Annual administration and progress report of the Indian Medical Department, Bombay
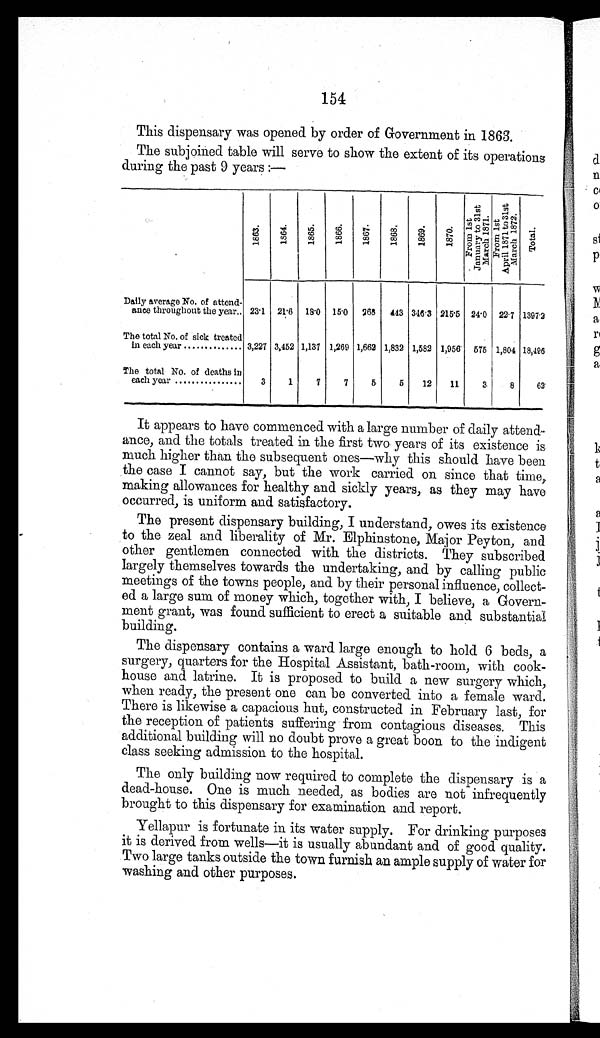
154
This dispensary was opened by order of Government in 1863.
The subjoined table will serve to show the extent of its operations
during the past 9 years :—
1863
1864
186518661867186818691870 F r o m 1 s t J a n u a r y t o 3 1 s t M a r t c h 1 8 7 1
F r o m 1 s t A p r i l 1 8 7 1 t o 3 1 s t M a r c h 1 8 7 2
T o t a l
Daily average No. of attend-
ance throughout the year . . 23.1 21.6 18.0 15.0 268 443 346.3 215.5
2 4 . 0
2 2 . 7
1 3 9 7 . 2
The total No. of sick treated
in each year .................
3,227 3,452 1,137 1,269 1,662 1,832 1,582 1,956 575 1,804 18,496
The total No. of deaths in
each year .................
3
1
7
7
5
5
12
11
3
8
6 2
It appears to have commenced with a large number of daily attend-
ance, and the totals treated in the first two years of its existence is
much higher than the subsequent ones—why this should have been
the case I cannot say, but the work carried on since that time,
making allowances for healthy and sickly years, as they may have
occurred, is uniform and satisfactory.
The present dispensary building, I understand, owes its existence
to the zeal and liberality of Mr. Elphinstono, Major Peyton, and
other gentlemen connected with the districts. They subscribed
largely themselves towards the undertaking, and by calling public
meetings of the towns people, and by their personal influence, collect-
ed a large sum of money which, together with, I believe, a Govern-
ment grant, was found sufficient to erect a suitable and substantial
building.
The dispensary contains a ward large enough to hold 6 beds, a
surgery, quarters for the Hospital Assistant, bath-room, with cook-
house and latrine. It is proposed to build a new surgery which,
when ready, the present one can be converted into a female ward.
There is likewise a capacious hut, constructed in February last, for
the reception of patients suffering from contagious diseases. This
additional building will no doubt prove a great boon to the indigent
class seeking admission to the hospital.
The only building now required to complete the dispensary is a
dead-house. Ono is much needed, as bodies are not infrequently
brought to this dispensary for examination and report.
Yellapur is fortunate in its water supply. For drinking purposes
it is derived from wells—it is usually abundant and of good quality.
Two large tanks outside the town furnish an ample supply of water for
washing and other purposes.